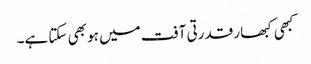
کبھی کبھار قدرتی آفت میں ہو بھی سکتا ہے۔